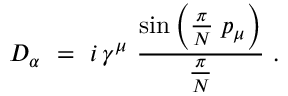
D _ { \alpha } \ = \ i \, \gamma ^ { \mu } \ \frac { \mathrm { s i n } \left( \frac \pi N \; p _ { \mu } \right) } { \frac \pi N } \ .